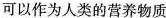
可以作为人类的营养物质